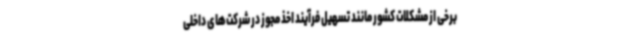
برخی از مشکلات کشور مانند تسهیل فرآیند اخذ مجوز در شرکت‌های داخلی